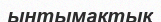
ынтымақтық